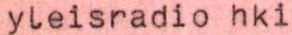
yleisradio hki